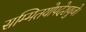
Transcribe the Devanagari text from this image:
सम्मितयोपदेशयुजे।